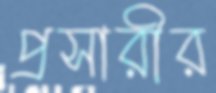
প্রসারীর